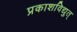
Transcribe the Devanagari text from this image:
प्रकाशविद्युत्‌